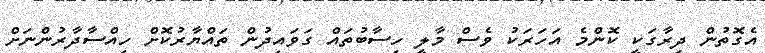
އެގޮތުން ދިރާގަކީ ކޮންމެ އަހަރަކު ވެސް މާލީ ހިސާބުތައް ގަވައިދުން ތައްޔާރުކޮށް ހިއްސާދާރުންނަށް